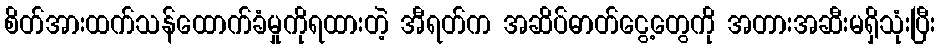
စိတ်အားထက်သန်ထောက်ခံမှုကိုရထားတဲ့ အီရတ်က အဆိပ်ဓာတ်ငွေ့တွေကို အတားအဆီးမရှိသုံးပြီး